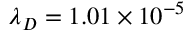
\ensuremath { \lambda } _ { D } = 1 . 0 1 \times 1 0 ^ { - 5 }